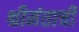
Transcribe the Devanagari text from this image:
श्रीमंताची